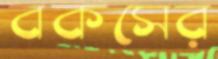
বকসের